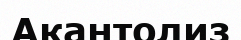
Акантолиз